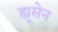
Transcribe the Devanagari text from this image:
ह्यूसेन